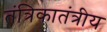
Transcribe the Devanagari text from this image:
तंत्रिकातंत्रीय